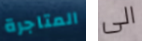
المتاجرة الى